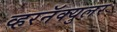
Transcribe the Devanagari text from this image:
व्हरनॅक्युलर